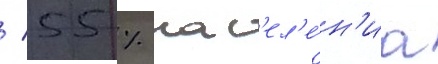
/ 55 % нас'ел'е́н'иа